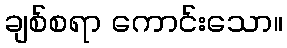
ချစ်စရာ ကောင်းသော။